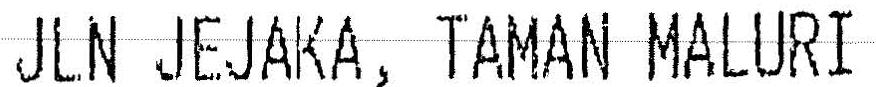
JLN JEJAKA, TAMAN MALURI